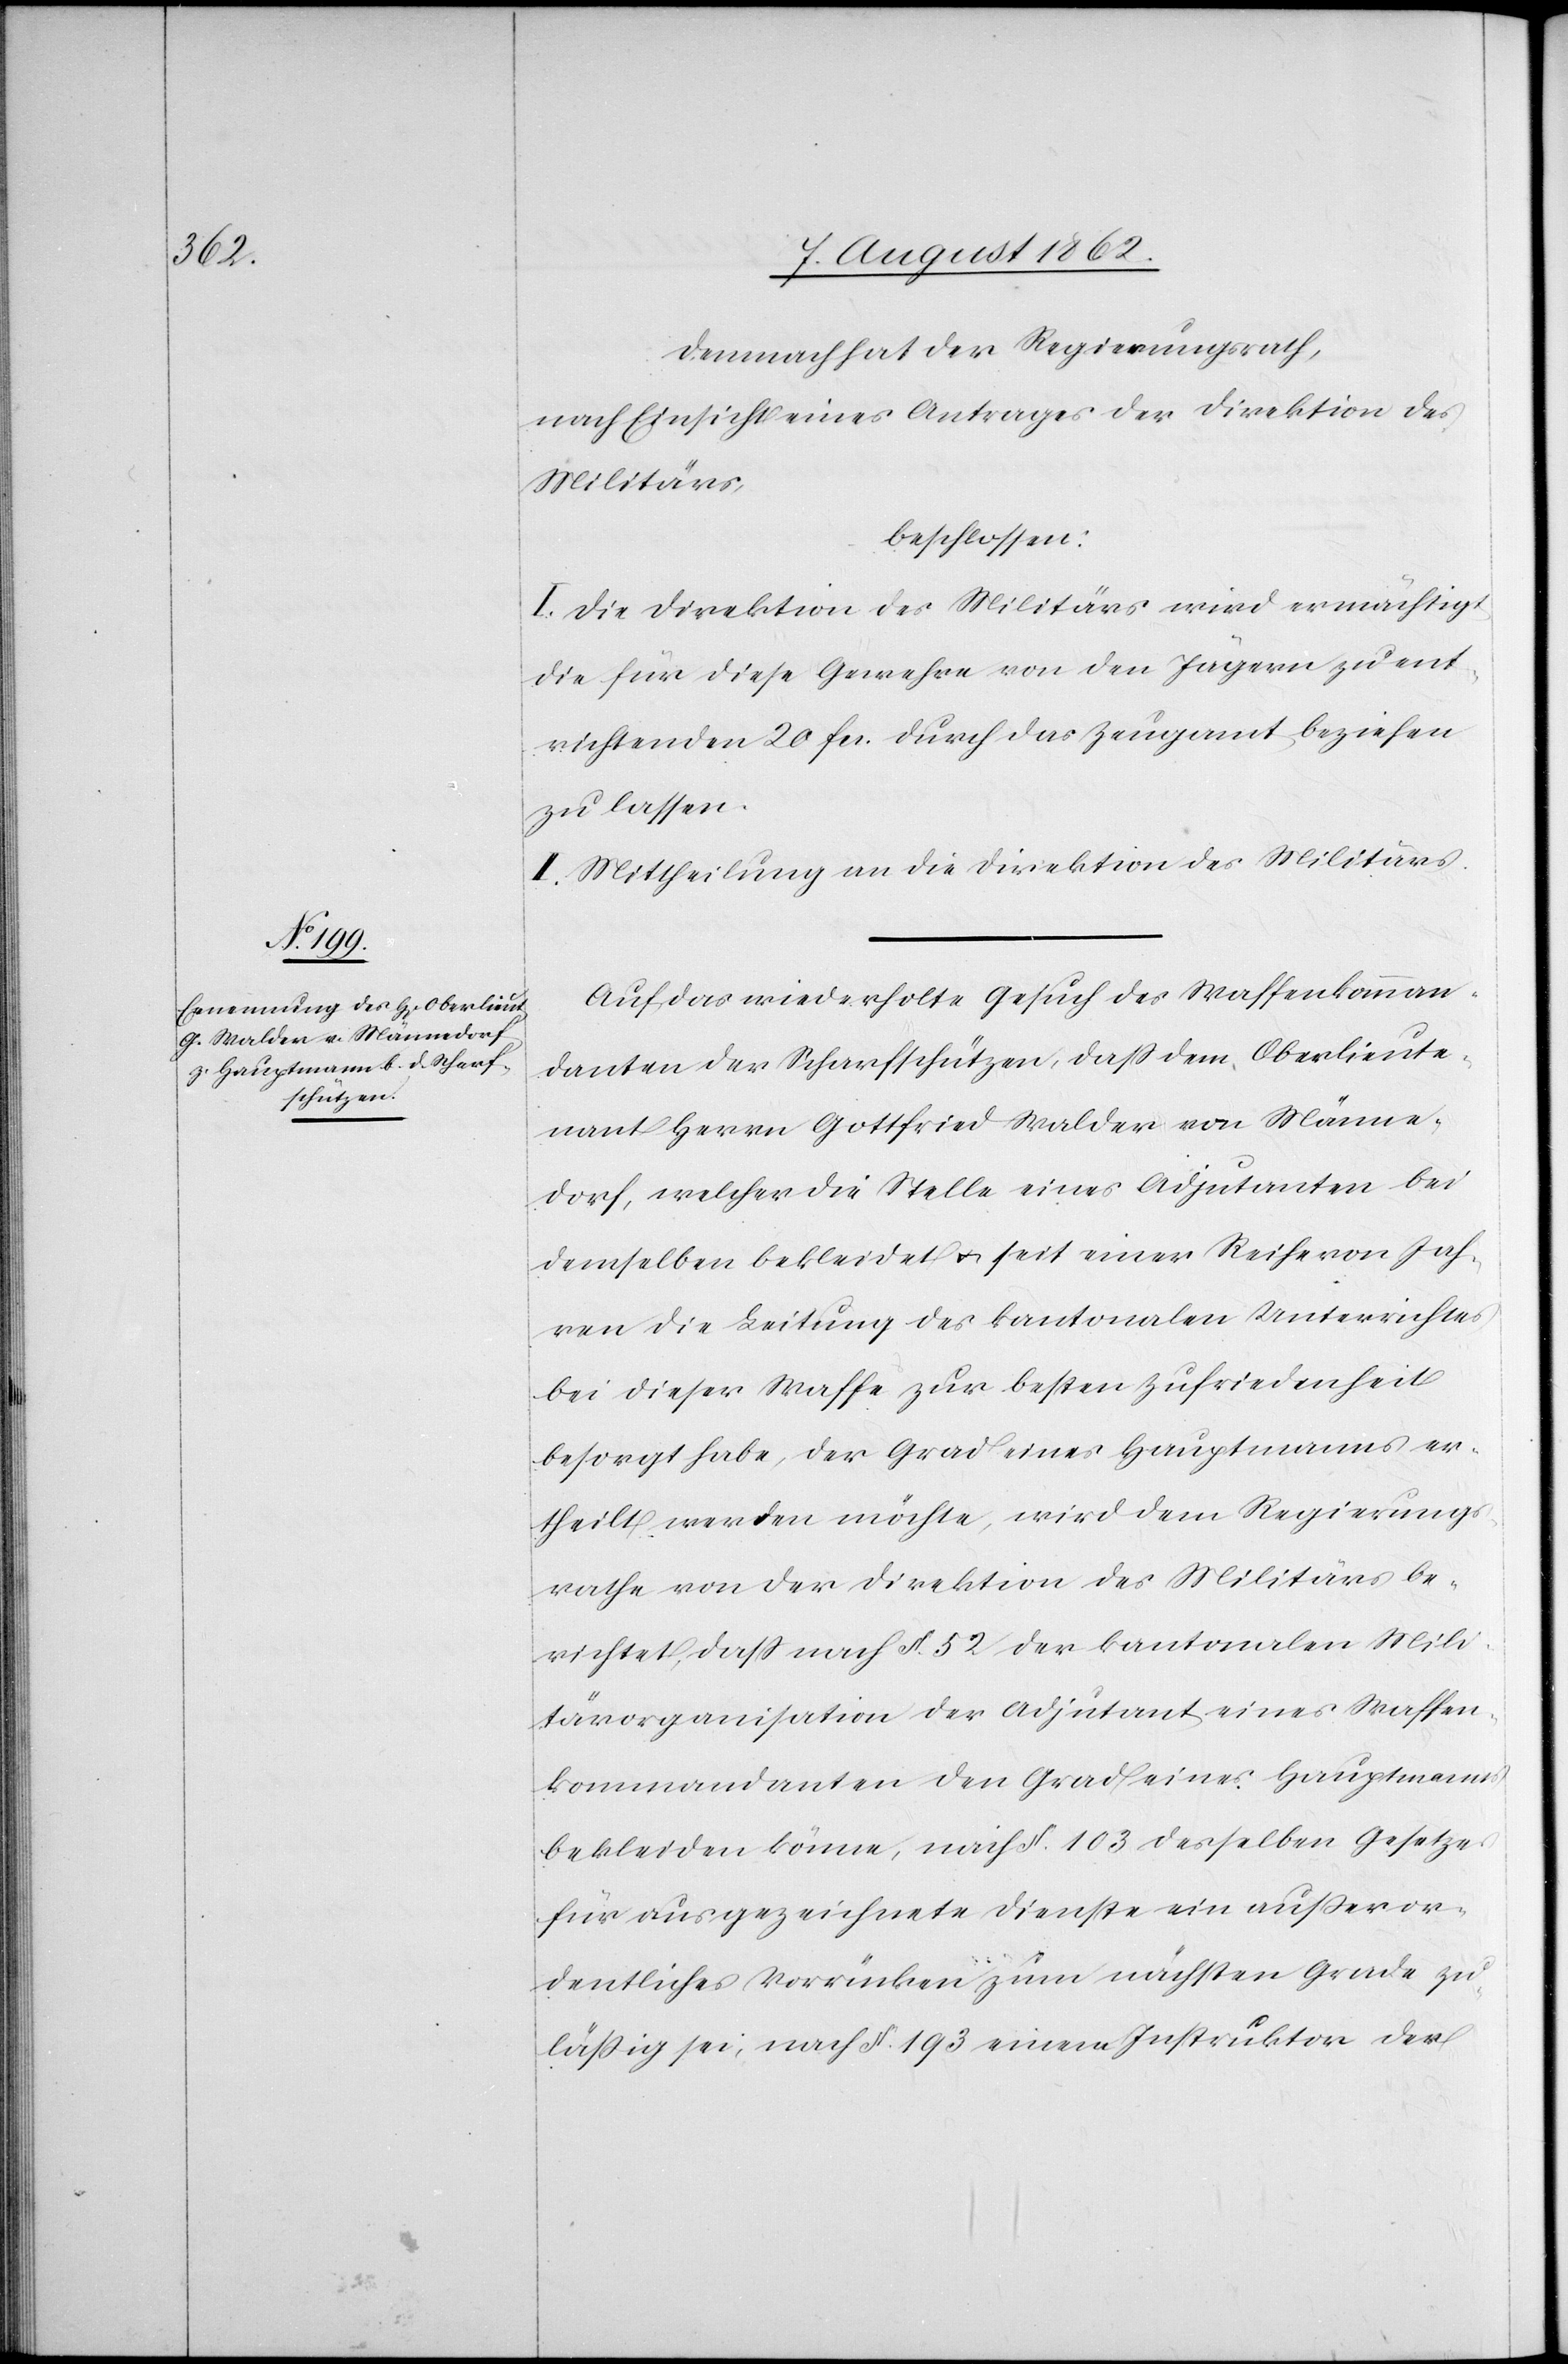
Demnach hat der Regierungsrath,
nach Einsicht eines Antrages der Direktion des
Militärs,
beschlossen:
I. Die Direktion des Militärs wird ermächtigt,
die für diese Gewehre von den Jägern zu ent¬
richtenden 20 fcs. durch das Zeugamt beziehen
zu lassen.
II. Mittheilung an die Direktion des Militärs.
Auf das wiederholte Gesuch des Waffenkomman¬
danten der Scharfschützen, daß dem Oberlieute¬
nant Herrn Gottfried Walder von Männe¬
dorf, welcher die Stelle eines Adjutanten bei
demselben bekleidet u. seit einer Reihe von Jah¬
ren die Leitung des kantonalen Unterrichtes
bei dieser Waffe zur besten Zufriedenheit
besorgt habe, der Grad eines Hauptmanns er¬
theilt werden möchte, wird dem Regierungs¬
rathe von der Direktion des Militärs be¬
richtet, daß nach §. 52 der kantonalen Mili¬
tärorganisation der Adjutant eines Waffen¬
kommandanten den Grad eines Hauptmanns
bekleiden könne, nicht §. 103 desselben Gesetzes
für ausgezeichnete Dienste ein außeror¬
dentliches Vorrücken zum nächsten Grade zu¬
läßig sei, nach §. 193 einem Instruktor der